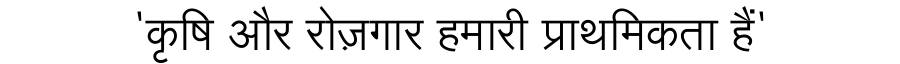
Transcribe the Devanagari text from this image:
'कृषि और रोज़गार हमारी प्राथमिकता हैं'